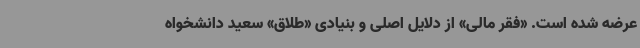
عرضه شده است. «فقر مالی» از دلایل اصلی و بنیادی «طلاق» سعید دانشخواه